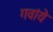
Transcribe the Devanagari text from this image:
गवांये